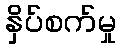
နှိပ်စက်မှု